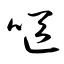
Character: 嘔